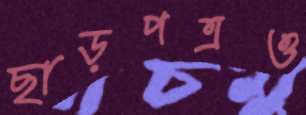
ছাড়পত্রও